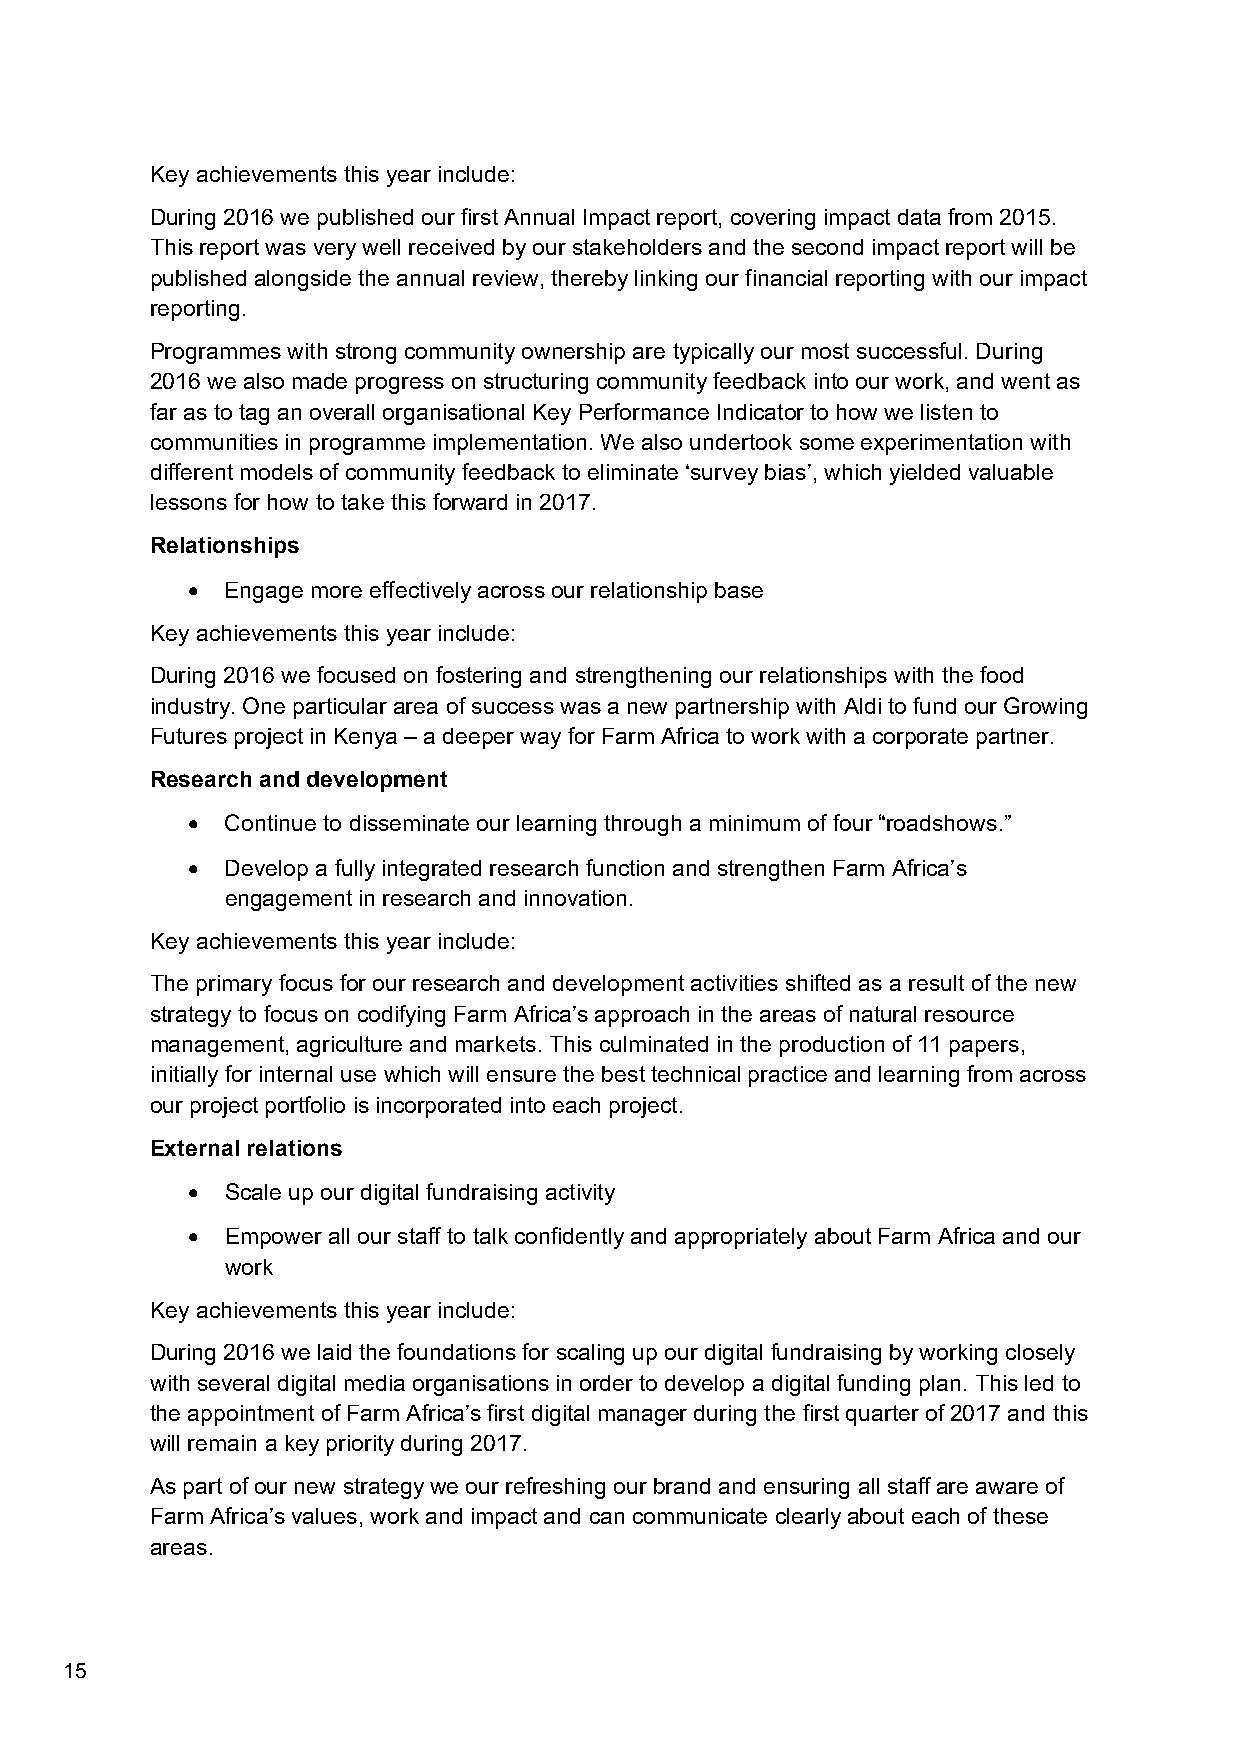
Key achievements this year include:
 During 2016 we published our first Annual Impact report, covering impact data from 2015.
 This report was very well received by our stakeholders and the second impact report will be
 published alongside the annual review, thereby linking our financial reporting with our impact
 reporting.
 Programmes with strong community ownership are typically our most successful. During
 2016 we also made progress on structuring community feedback into our work, and went as
 far as to tag an overall organisational Key Performance Indicator to how we listen to
 communities in programme implementation. We also undertook some experimentation with
 different models of community feedback to eliminate ‘survey bias’, which yielded valuable
 lessons for how to take this forward in 2017.
 Relationships
   Engage more effectively across our relationship base
 Key achievements this year include:
 During 2016 we focused on fostering and strengthening our relationships with the food
 industry. One particular area of success was a new partnership with Aldi to fund our Growing
 Futures project in Kenya – a deeper way for Farm Africa to work with a corporate partner.
 Research and development
   Continue to disseminate our learning through a minimum of four “roadshows.”
   Develop a fully integrated research function and strengthen Farm Africa’s
 engagement in research and innovation.
 Key achievements this year include:
 The primary focus for our research and development activities shifted as a result of the new
 strategy to focus on codifying Farm Africa’s approach in the areas of natural resource
 management, agriculture and markets. This culminated in the production of 11 papers,
 initially for internal use which will ensure the best technical practice and learning from across
 our project portfolio is incorporated into each project.
 External relations
   Scale up our digital fundraising activity
   Empower all our staff to talk confidently and appropriately about Farm Africa and our
 work
 Key achievements this year include:
 During 2016 we laid the foundations for scaling up our digital fundraising by working closely
 with several digital media organisations in order to develop a digital funding plan. This led to
 the appointment of Farm Africa’s first digital manager during the first quarter of 2017 and this
 will remain a key priority during 2017.
 As part of our new strategy we our refreshing our brand and ensuring all staff are aware of
 Farm Africa’s values, work and impact and can communicate clearly about each of these
 areas.
 15